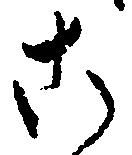
こ